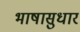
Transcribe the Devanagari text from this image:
भाषासुधार